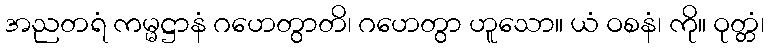
အညတရံ ကမ္မဋ္ဌာနံ ဂဟေတွာတိ၊ ဂဟေတွာ ဟူသော။ ယံ ဝစနံ၊ ကို။ ဝုတ္တံ၊